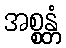
အစ္စန္တံ